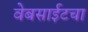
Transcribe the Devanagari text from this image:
वेबसाईटचा